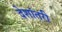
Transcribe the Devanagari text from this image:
देशांतरी